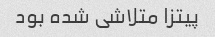
پیتزا متلاشی شده بود